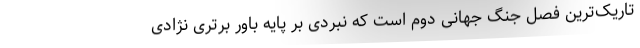
تاریک‌ترین فصل جنگ جهانی دوم است که نبردی بر پایه باور برتری نژادی